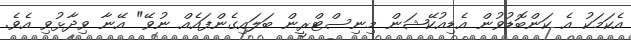
އެކަމަކު އެ ކަންބޮޑުވުން އެޑިއުކޭޝަން މިނިސްޓްރީން ބަލައިގެންފައެއް ނުވޭ" އޭނާ ވިދާޅުވި އެވެ.